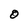
Character: O